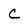
Character: C